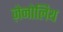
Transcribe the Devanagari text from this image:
ज़ेनोलिथ